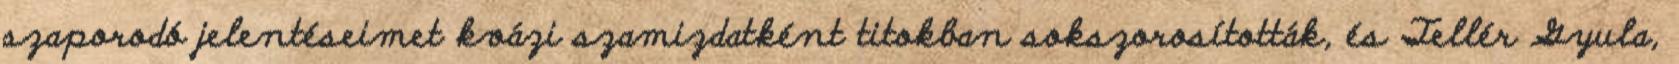
szaporodó jelentéseimet kvázi szamizdatként titokban sok­szo­ro­sí­tották, és Tellér Gyula,